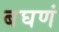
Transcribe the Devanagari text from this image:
बघणं